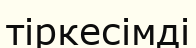
тіркесімді